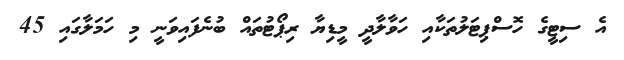
އެ ސިޓީގެ ހޮސްޕިޓަލުތަކާއި ހަވާލާދީ މީޑިޔާ ރިޕޯޓުތައް ބުނެފައިވަނީ މި ހަމަލާގައި 45